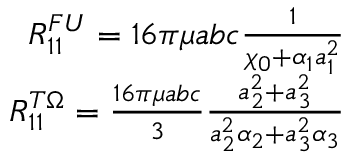
\begin{array} { r } { R _ { 1 1 } ^ { F U } = 1 6 \pi \mu a b c \frac { 1 } { \chi _ { 0 } + \alpha _ { 1 } a _ { 1 } ^ { 2 } } } \\ { R _ { 1 1 } ^ { T \Omega } = \frac { 1 6 \pi \mu a b c } { 3 } \frac { a _ { 2 } ^ { 2 } + a _ { 3 } ^ { 2 } } { a _ { 2 } ^ { 2 } \alpha _ { 2 } + a _ { 3 } ^ { 2 } \alpha _ { 3 } } } \end{array}